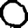
Digit: 0